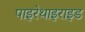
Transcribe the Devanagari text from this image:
पाइरेथाइराइड